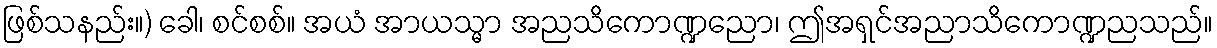
ဖြစ်သနည်း။) ခေါ၊ စင်စစ်။ အယံ အာယသ္မာ အညသိကောဏ္ဍညော၊ ဤအရှင်အညာသိကောဏ္ဍညသည်။